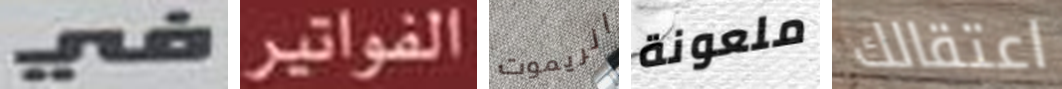
في الفواتير الريموت ملعونة اعتقالك